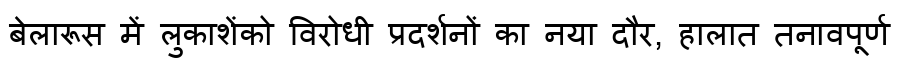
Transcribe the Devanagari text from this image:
बेलारूस में लुकाशेंको विरोधी प्रदर्शनों का नया दौर, हालात तनावपूर्ण